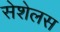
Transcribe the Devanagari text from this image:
सेशेलस